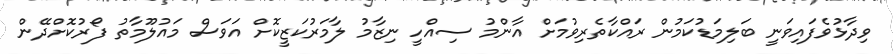
ވިދާޅުވެފައިވަނީ ބަލިމަޑުކަމުން ރައްކާތެރިވުމަށް އާންމު ސިއްހީ ނިޒާމު ލާމަރުކަޒީކޮށް އަވަސް މައުލޫމާތު ފޯރުކޮށްދޭން